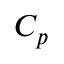
C _ { p }